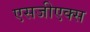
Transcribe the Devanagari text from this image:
एसजीएक्स